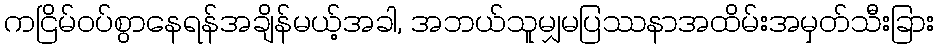
ကငြိမ်ဝပ်စွာနေရန်အချိန်မယ့်အခါ, အဘယ်သူမျှမပြဿနာအထိမ်းအမှတ်သီးခြား